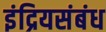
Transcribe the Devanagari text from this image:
इंद्रियसंबंध